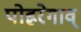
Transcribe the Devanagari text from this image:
पोह्ररेगाव्